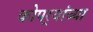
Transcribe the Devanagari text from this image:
कोपर्‍यांच्या